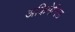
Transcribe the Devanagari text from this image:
अकिमेनिड